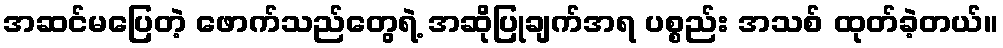
အဆင်မပြေတဲ့ ဖောက်သည်တွေရဲ့ အဆိုပြုချက်အရ ပစ္စည်း အသစ် ထုတ်ခဲ့တယ်။